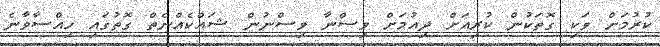
ކުރުމަށް ވަކި ގޮތަކުން ކުރިއަށް ދިއުމަށް ވިސްނާ ވިސްނުން ޝައްކެއްނެތް ގޮތުގައި ހިއްސާވާނެ